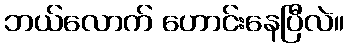
ဘယ်လောက် ဟောင်းနေပြီလဲ။